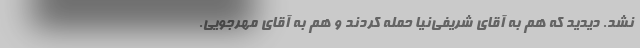
نشد. دیدید که هم به آقای شریفی‌نیا حمله کردند و هم به آقای مهرجویی.